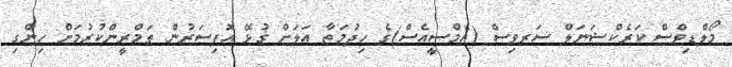
މޯލްޑިވްސް ކަރެކްޝަނަލް ސަރވިސް (އެމްސީއެސް)ގެ ހިދުމަތާ އަލަށް ގުޅޭ އޮފިސަރުން ތަމްރީންކުރުމަށް ހިންގި